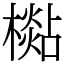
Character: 檆